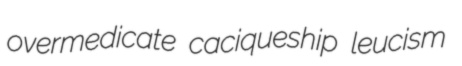
overmedicate caciqueship leucism